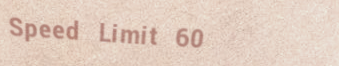
Speed Limit 60